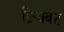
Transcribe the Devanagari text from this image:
फ्रिक्वंट